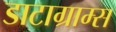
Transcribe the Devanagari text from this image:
डाटाग्राम्स